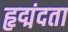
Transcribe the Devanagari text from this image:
हृद्मंदता